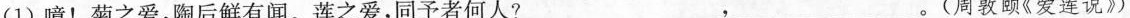
(1)噫！菊之爱，陶后鲜有闻。莲之爱，同予者何人?___，___。(周敦颐《爱莲说》)